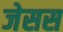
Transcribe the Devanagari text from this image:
जेसस